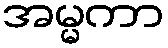
အမ္မကာ